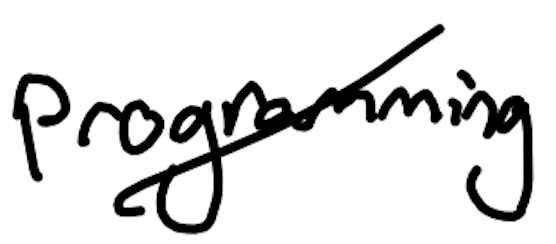
Text: programming
Cross-out: diagonal
Writing tool: digital_black